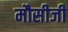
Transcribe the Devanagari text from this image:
मौसीजी